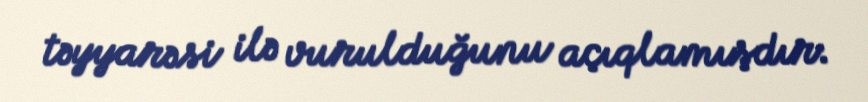
təyyarəsi ilə vurulduğunu açıqlamışdır.